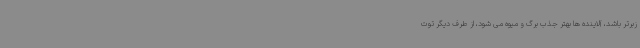
زبرتر باشد، آلاینده ها بهتر جذب برگ و میوه می شود، از طرف دیگر توت